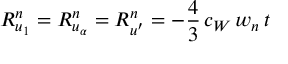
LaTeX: R _ { u _ { 1 } } ^ { n } = R _ { u _ { \alpha } } ^ { n } = R _ { u ^ { \prime } } ^ { n } = - \frac { 4 } { 3 } \, c _ { W } \, w _ { n } \, t